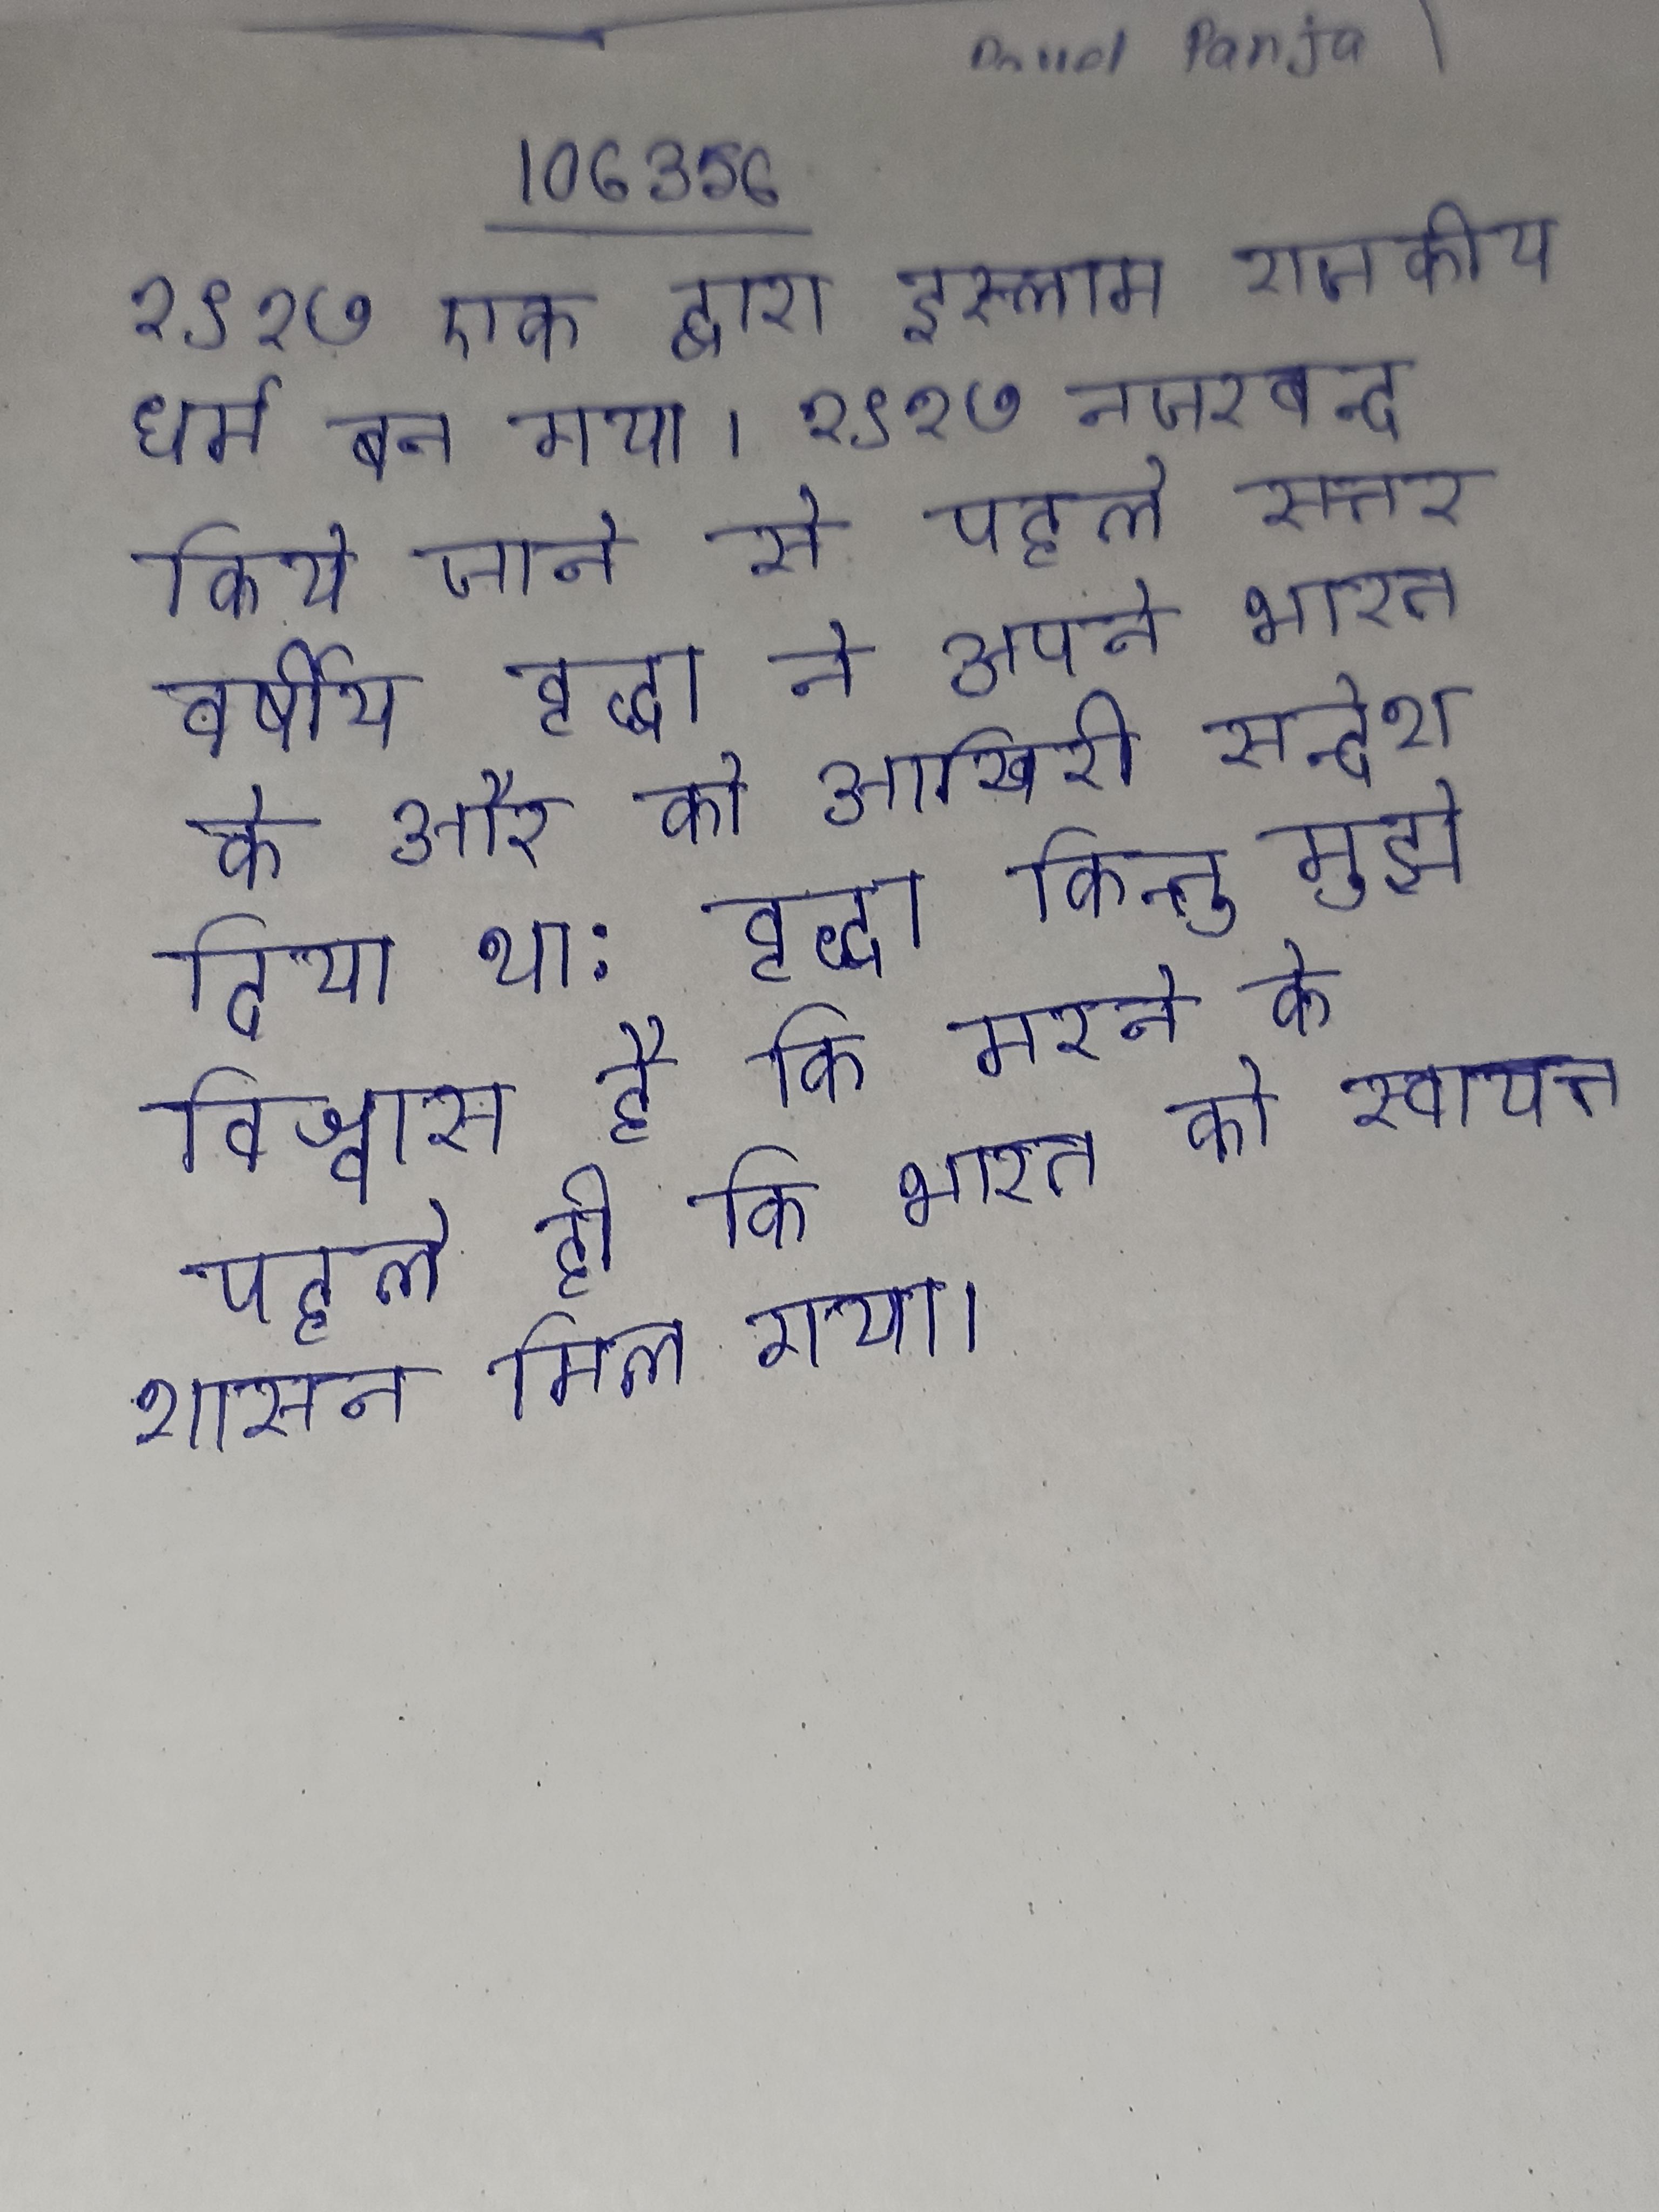
१९१७ एक द्वारा इस्लाम राजकीय धर्म बन गया । १९१७ नजरबन्द किये जाने से पहले सत्तर वर्षीय वृद्धा ने अपने भारत के और को आखिरी सन्देश दिया था: वृद्धा किन्तु मुझे विश्वास है कि मरने के पहले ही कि भारत को स्वायत्त-शासन मिल गया ।